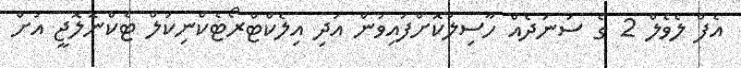
އެފް ލެވެލް 2 ގެ ސަނަދެއް ހާސިލުކޮށްފައިވުން އަދި އިލެކްޓްރޯޓެކްނިކަލް ޓެކްނޮލޮޖީ އަށް